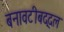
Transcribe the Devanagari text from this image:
बनावटीबद्दल